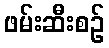
ဖမ်းဆီးစဉ်